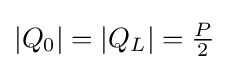
|Q_{0}|=|Q_{L}|={\tfrac {P}{2}}